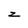
Character: z